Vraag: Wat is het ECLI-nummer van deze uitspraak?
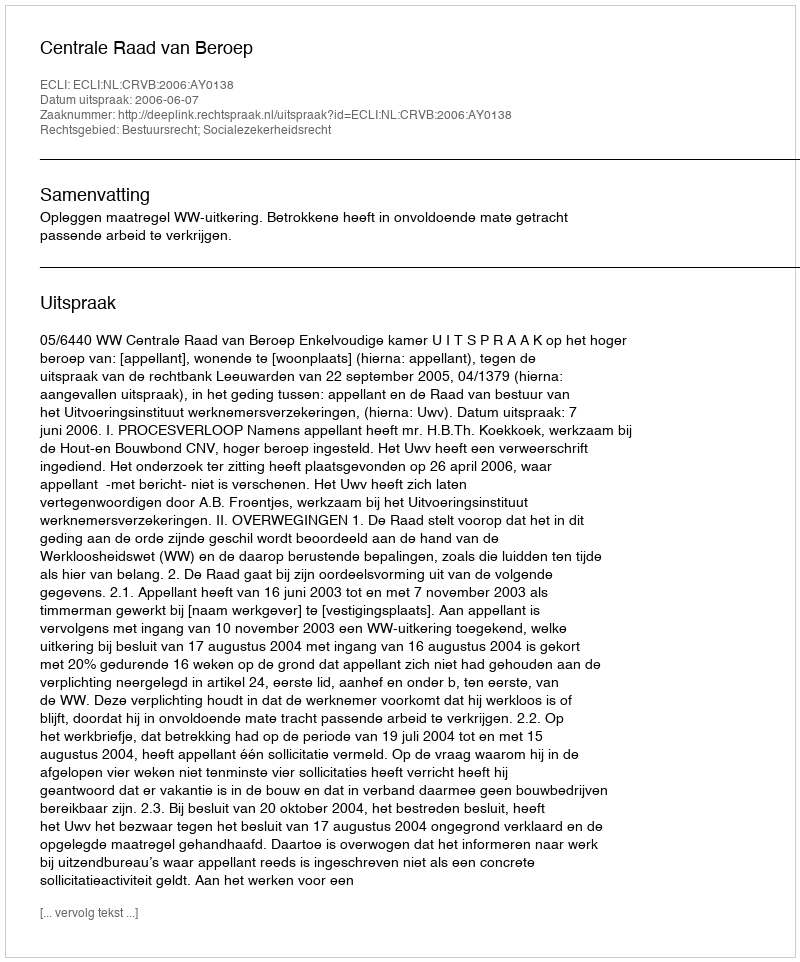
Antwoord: ECLI:NL:CRVB:2006:AY0138